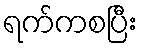
ရက်ကစပြီး